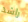
راشد